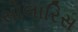
સોલારિસ